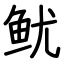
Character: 鱿